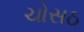
ચોસઠ